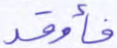
فأوقد